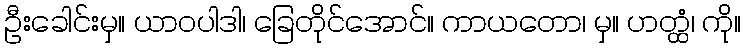
ဦးခေါင်းမှ။ ယာဝပါဒါ၊ ခြေတိုင်အောင်။ ကာယတော၊ မှ။ ဟတ္ထံ၊ ကို။